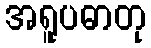
အရူပဓာတု